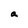
Character: a